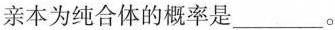
亲本为纯合体的概率是___。